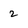
Character: 2